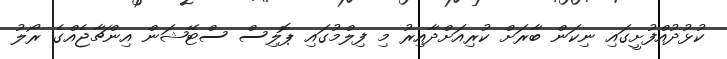
ކުޅުދުއްފުށީގައި ނިކަން ބާރަށް ކުރިއަށްދާއިރު މި ފިލްމުގައި ޕޮލިސް ސްޓޭޝަން އިންޗާޖެއްގެ ރޯލު